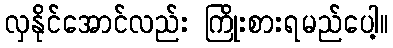
လှနိုင်အောင်လည်း ကြိုးစားရမည်ပေါ့။